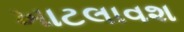
ખાટલાવશ